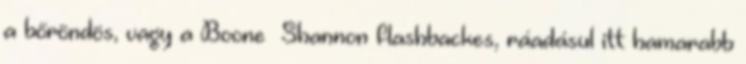
a bőröndös, vagy a Boone Shannon flashbackes, ráadásul itt hamarabb